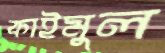
কাইমুল